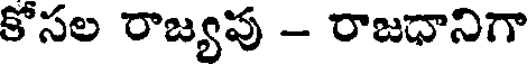
కోసల రాజ్యపు - రాజధానిగా